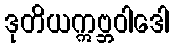
ဒုတိယဣဗ္ဘဝါဒေါ